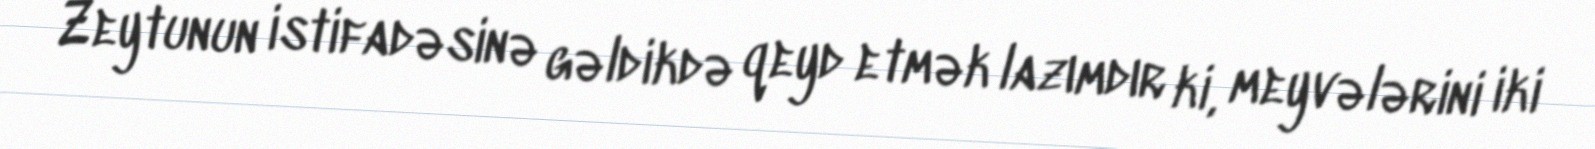
Zeytunun istifadəsinə gəldikdə qeyd etmək lazımdır ki, meyvələrini iki